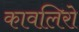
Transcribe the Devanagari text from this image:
कावलिरो